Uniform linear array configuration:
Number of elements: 4
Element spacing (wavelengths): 0.75
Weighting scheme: cosine
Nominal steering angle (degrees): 30
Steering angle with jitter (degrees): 30.856
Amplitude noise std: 0.05
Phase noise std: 0.05

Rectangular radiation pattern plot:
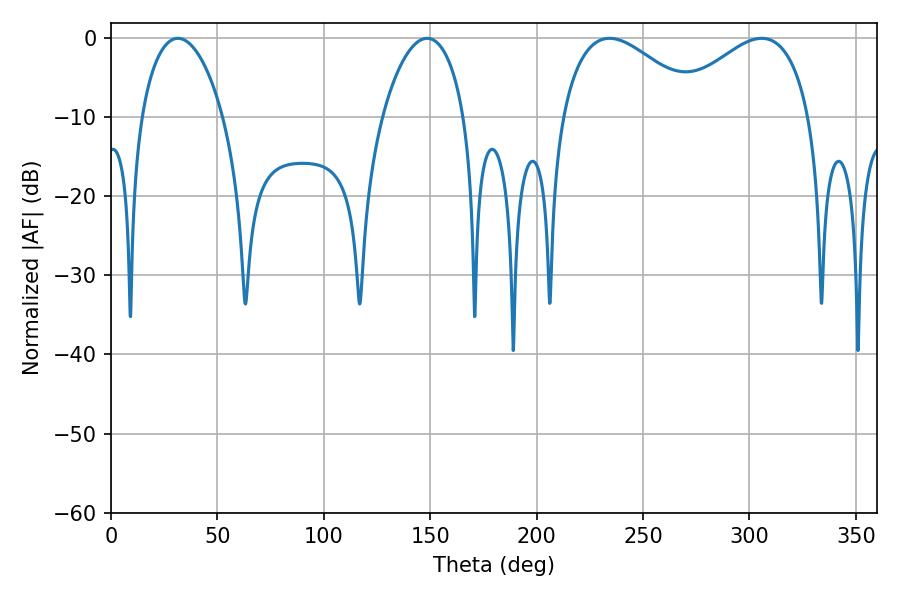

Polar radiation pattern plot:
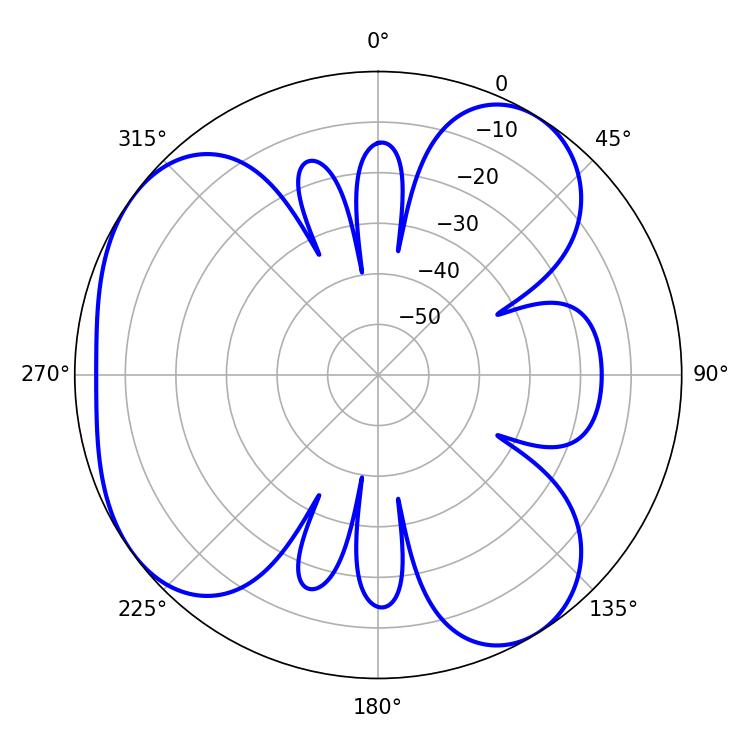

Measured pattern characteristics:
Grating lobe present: TRUE
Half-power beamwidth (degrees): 35.82
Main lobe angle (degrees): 234.18